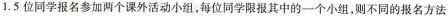
1. 5位同学报名参加两个课外活动小组，每位同学限报其中的一个小组，则不同的报名方法